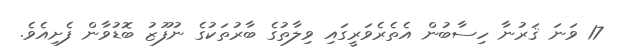
17 ވަނަ ޤަރުނާ ހިސާބުން އެތެރެވަރީގައި ވިލާތުގެ ބާރުތަކުގެ ނުފޫޒު ބޮޑުވާން ފެށިއެވެ.